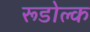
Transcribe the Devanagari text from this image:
रूडोल्क